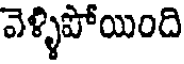
వెళ్ళిపోయింది